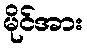
မိုင်အား